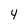
Character: 4